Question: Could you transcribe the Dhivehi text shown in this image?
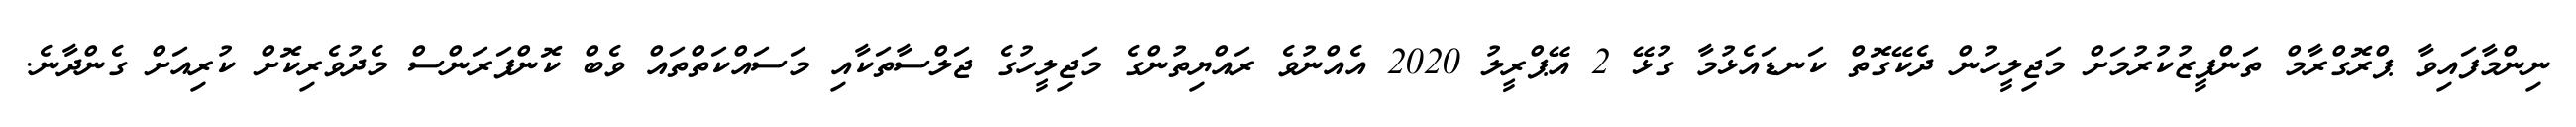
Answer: ނިންމާފައިވާ ޕްރޮގްރާމް ތަންފީޒުކުރުމަށް މަޖިލީހުން ދެކޭގޮތް ކަނޑައެޅުމާ ގުޅޭ 2 އޭޕްރީލު 2020 އެއްނުވެ ރައްޔިތުންގެ މަޖިލީހުގެ ޖަލްސާތަކާއި މަސައްކަތްތައް ވެބް ކޮންފަރަންސް މެދުވެރިކޮށް ކުރިއަށް ގެންދާނެ.